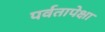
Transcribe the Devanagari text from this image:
पर्वतापेक्षा